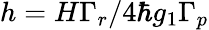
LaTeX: h={H\Gamma_{r}}/{4\hbar g_{1}\Gamma_{p}}